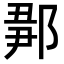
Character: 𨜉